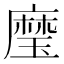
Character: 𰢍